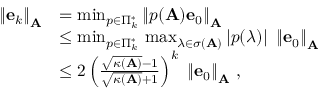
{ \begin{array} { r l } { \left\| \mathbf { e } _ { k } \right\| _ { \mathbf { A } } } & { = \operatorname* { m i n } _ { p \in \Pi _ { k } ^ { * } } \left\| p ( \mathbf { A } ) \mathbf { e } _ { 0 } \right\| _ { \mathbf { A } } } \\ & { \leq \operatorname* { m i n } _ { p \in \Pi _ { k } ^ { * } } \, \operatorname* { m a x } _ { \lambda \in \sigma ( \mathbf { A } ) } | p ( \lambda ) | \ \left\| \mathbf { e } _ { 0 } \right\| _ { \mathbf { A } } } \\ & { \leq 2 \left( { \frac { { \sqrt { \kappa ( \mathbf { A } ) } } - 1 } { { \sqrt { \kappa ( \mathbf { A } ) } } + 1 } } \right) ^ { k } \ \left\| \mathbf { e } _ { 0 } \right\| _ { \mathbf { A } } \, , } \end{array} }